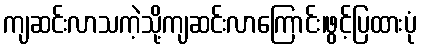
ကျဆင်းလာသကဲ့သို့ကျဆင်းလာကြောင်း၊ဖွင့်ပြထားပုံ